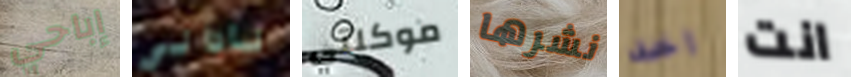
إباحي ناداني موكلتي نشرها اخد انت